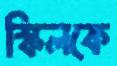
স্কিলকে